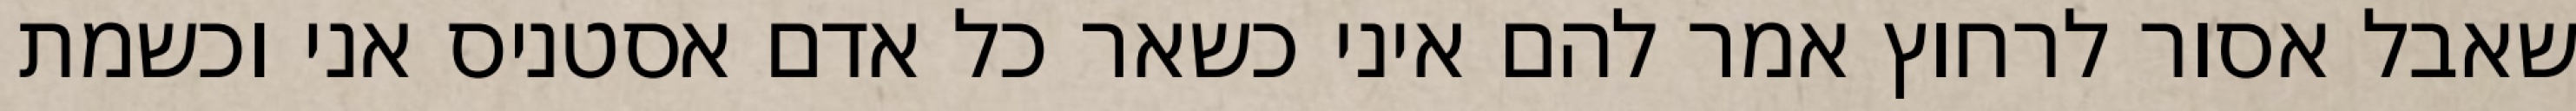
שאבל אסור לרחוץ אמר להם איני כשאר כל אדם אסטניס אני וכשמת